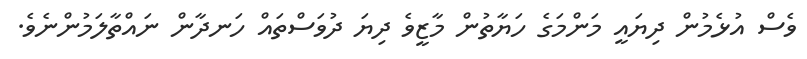
ވެސް އުޅެމުން ދިޔައީ މަންމަގެ ހަޔާތުން މާޒީވެ ދިޔަ ދުވަސްތައް ހަނދާން ނައްތާލަމުންނެވެ.